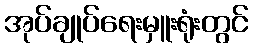
အုပ်ချုပ်ရေးမှူးရုံးတွင်